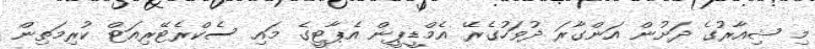
މި ޝިއާރުގެ ދަށުން އަންގާރަ ދުވަހުގެރޭ އެމްޑީޕީން އެޕާޓީގެ މައި ސެކްރެޓޭރިއަޓް ކުރިމަތިން